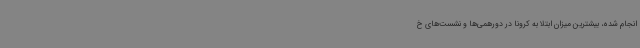
انجام شده، بیشترین میزان ابتلا به کرونا در دورهمی‌ها و نشست‌های خ